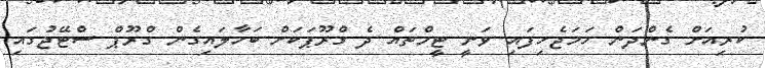
ކުރިއަށް ގެންދަން ހަމަޖެހިފައި ވަނީ ޓީމްތައް ދެ ގްރޫޕަކަށް ބަހާލައިގެން ގްރޫޕް ސްޓޭޖުގައި